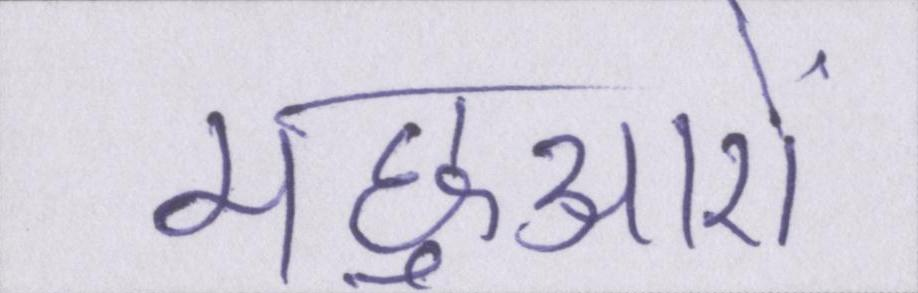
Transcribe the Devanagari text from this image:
मछुआरों